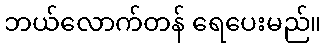
ဘယ်လောက်တန် ရေပေးမည်။